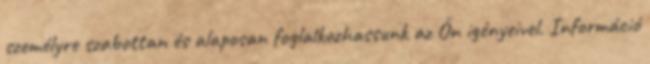
személyre szabottan és alaposan foglalkozhassunk az Ön igényeivel. Információ